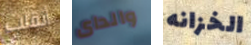
أنقلب والداى الخزانه